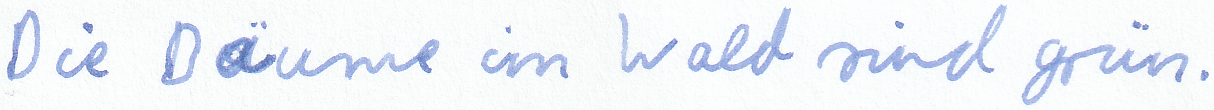
Die Bäume im Wald sind grün.